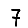
Digit: 7